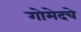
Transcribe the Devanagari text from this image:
गोमेदचे